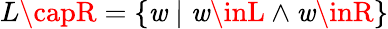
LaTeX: L\capR=\{ \mathit{w}\mid\mathit{w}\inL\land\mathit{w}\inR\}